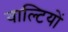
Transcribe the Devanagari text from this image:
वाल्टियों